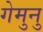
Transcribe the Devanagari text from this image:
गेमुनु